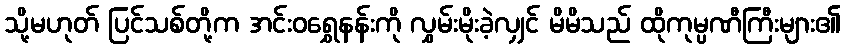
သို့မဟုတ် ပြင်သစ်တို့က အင်းဝရွှေနန်းကို လွှမ်းမိုးခဲ့လျှင် မိမိသည် ထိုကုမ္ပဏီကြီးများ၏